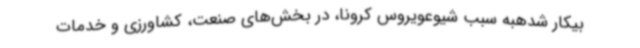
بیکار شدهبه سبب شیوعویروس کرونا، در بخش‌های صنعت، کشاورزی و خدمات